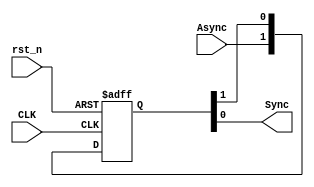
module BIT_SYNC (
	input  wire  CLK,
	input  wire  rst_n,
	input  wire  Async,
	output wire  Sync
);

// Number of stages
reg [1:0] NFFS;

always @(posedge CLK , negedge rst_n) begin
	if(!rst_n) begin
		NFFS <= 2'b00;
	end
	else begin			
		NFFS <= {Async,NFFS[1]};
	end
end

assign Sync = NFFS[0];

endmodule